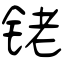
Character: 铑